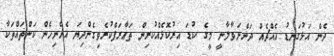
ދެން އަޅުގަނޑު އެއްޗެއް ދަންނަވާލާނީ މީގެ ކުޑަ އިރުކޮޅެއްކުރިން ތަޢާރަފްކުރެވިގެންދިޔަ އެހެނިހެން ކަންތައްތަކާ